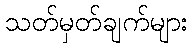
သတ်မှတ်ချက်များ